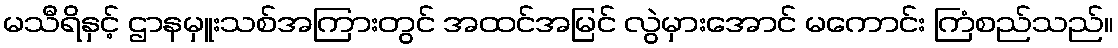
မသီရိနှင့် ဌာနမှူးသစ်အကြားတွင် အထင်အမြင် လွဲမှားအောင် မကောင်း ကြံစည်သည်။